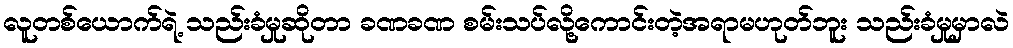
လူတစ်ယောက်ရဲ့ သည်းခံမှုဆိုတာ ခဏခဏ စမ်းသပ်လို့ကောင်းတဲ့အရာမဟုတ်ဘူး သည်းခံမှုမှာလဲ